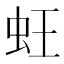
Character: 蚟